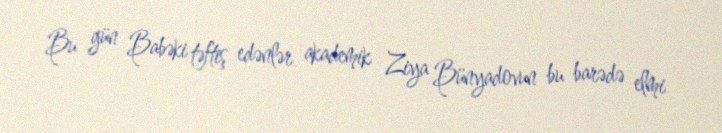
Bu gün Babəki təftiş edənlər akademik Ziya Bünyadovun bu barədə elmi